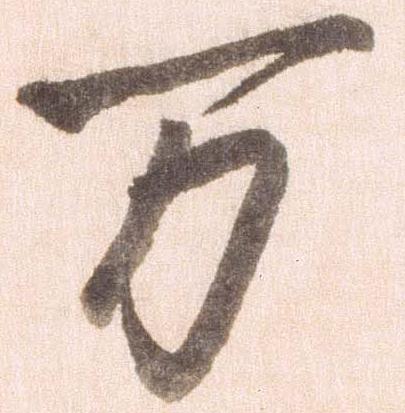
万